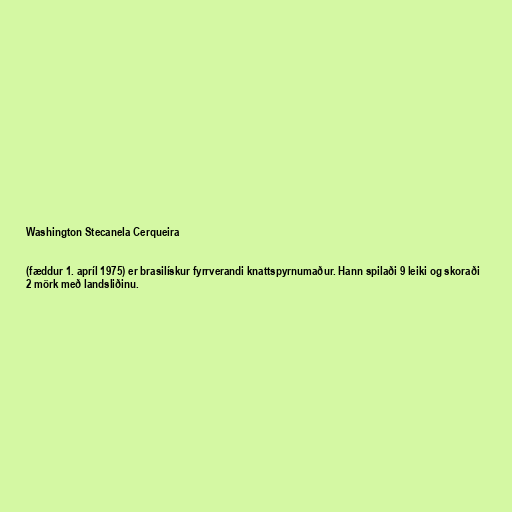
Washington Stecanela Cerqueira

(fæddur 1. apríl 1975) er brasilískur fyrrverandi knattspyrnumaður. Hann spilaði 9 leiki og skoraði
2 mörk með landsliðinu.